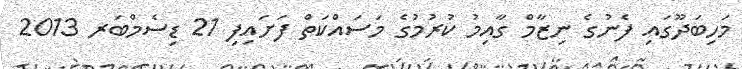
މަހިބަދޫގައި ފެނުގެ ނިޒާމް ގާއިމު ކުރުމުގެ މަސައްކަތް ފަށައިފި 21 ޑިސެމްބަރ 2013